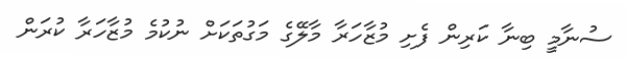
ސުނާމީ ބިނާ ކަރިން ފެށި މުޒާހަރާ މާލޭގެ މަގުތަކަށް ނުކުމެ މުޒާހަރާ ކުރަން